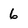
Character: 6